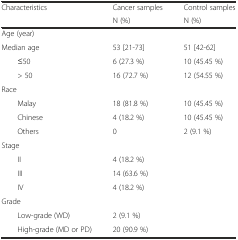
<table><thead><tr><td rowspan="2"><b>Characteristics</b></td><td><b>Cancer samples</b></td><td><b>Control samples</b></td></tr><tr><td><b>N (%)</b></td><td><b>N (%)</b></td></tr></thead><tbody><tr><td colspan="3">Age (year)</td></tr><tr><td>Median age</td><td>53 [21-73]</td><td>51 [42-62]</td></tr><tr><td>≤50</td><td>6 (27.3 %)</td><td>10 (45.45 %)</td></tr><tr><td>&gt; 50</td><td>16 (72.7 %)</td><td>12 (54.55 %)</td></tr><tr><td colspan="3">Race</td></tr><tr><td>Malay</td><td>18 (81.8 %)</td><td>10 (45.45 %)</td></tr><tr><td>Chinese</td><td>4 (18.2 %)</td><td>10 (45.45 %)</td></tr><tr><td>Others</td><td>0</td><td>2 (9.1 %)</td></tr><tr><td colspan="3">Stage</td></tr><tr><td>II</td><td>4 (18.2 %)</td><td></td></tr><tr><td>III</td><td>14 (63.6 %)</td><td></td></tr><tr><td>IV</td><td>4 (18.2 %)</td><td></td></tr><tr><td colspan="3">Grade</td></tr><tr><td>Low-grade (WD)</td><td>2 (9.1 %)</td><td></td></tr><tr><td>High-grade (MD or PD)</td><td>20 (90.9 %)</td><td></td></tr></tbody></table>